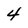
Character: 4